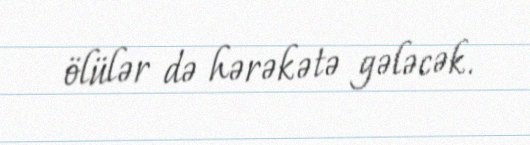
ölülər də hərəkətə gələcək.